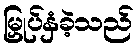
မြှုပ်နှံခဲ့သည်